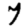
Digit: 7